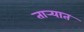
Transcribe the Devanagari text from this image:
तार्‍यात